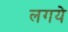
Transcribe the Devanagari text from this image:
लगये